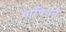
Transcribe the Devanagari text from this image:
चोंपियन